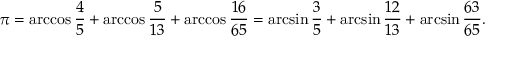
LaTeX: \pi = \operatorname { a r c c o s } { \frac { 4 } { 5 } } + \operatorname { a r c c o s } { \frac { 5 } { 1 3 } } + \operatorname { a r c c o s } { \frac { 1 6 } { 6 5 } } = \arcsin { \frac { 3 } { 5 } } + \arcsin { \frac { 1 2 } { 1 3 } } + \arcsin { \frac { 6 3 } { 6 5 } } .